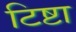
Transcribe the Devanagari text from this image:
टिष्टा